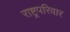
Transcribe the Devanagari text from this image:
राष्ट्रपरिवार